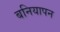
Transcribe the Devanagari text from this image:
बनियापन